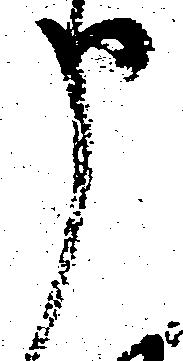
申